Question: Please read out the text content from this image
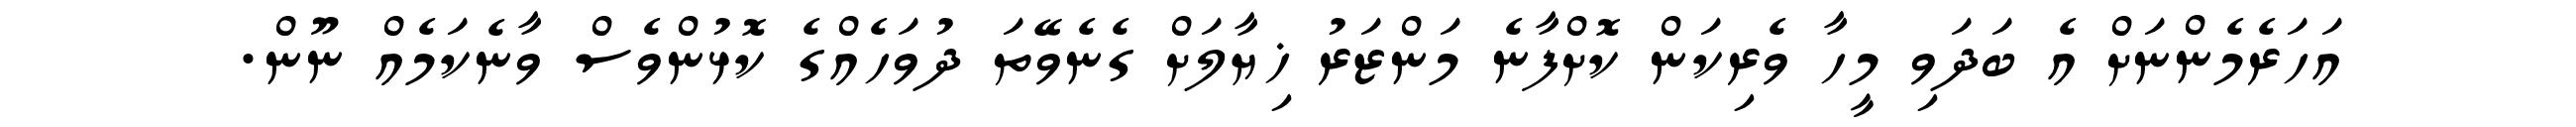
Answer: އަހަރެމެންނަށް އެ ބަދަވި މީހާ ވެރިކަން ކޮށްފާނެ މަންޒަރު ޚިޔާލަށް ގެނެވޭތަ ދުވަހެއްގެ ކޮޅުންވެސް ވާނެކަމެއް ނޫން.